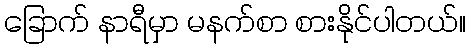
ခြောက် နာရီမှာ မနက်စာ စားနိုင်ပါတယ်။